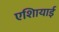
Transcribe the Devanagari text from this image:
एशिायाई